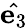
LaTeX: \hat{\mathbf{e}_{3}}